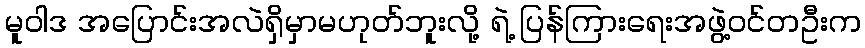
မူဝါဒ အပြောင်းအလဲရှိမှာမဟုတ်ဘူးလို့ ရဲ့ ပြန်ကြားရေးအဖွဲ့ဝင်တဦးက